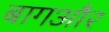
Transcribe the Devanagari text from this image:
बागऔर